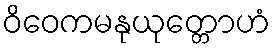
ဝိဝေကမနုယုတ္တောဟံ